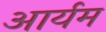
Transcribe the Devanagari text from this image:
आर्यम